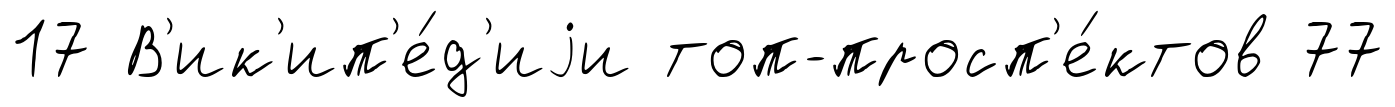
17 В'ик'ип'е́д'иjи топ-просп'е́ктов 77